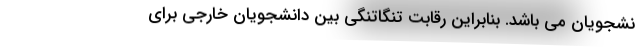
نشجویان می باشد. بنابراین رقابت تنگاتنگی بین دانشجویان خارجی برای